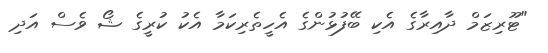
"ޓޫރިޒަމް ދާއިރާގެ އެކި ބޭފުޅުންގެ އެހީތެރިކަމާ އެކު ކުރީގެ ޝޯ ވެސް އަދި